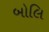
બોલિ